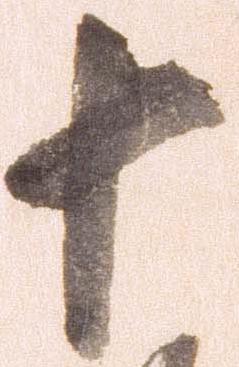
十